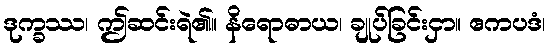
ဒုက္ခဿ၊ ဤဆင်းရဲ၏။ နိရောဓာယ၊ ချုပ်ခြင်းငှာ။ ဧကပဒံ၊